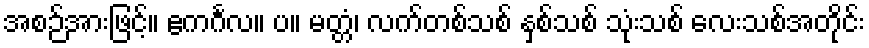
အစဉ်အားဖြင့်။ ဧကင်္ဂလ။ ပ။ မတ္တံ၊ လက်တစ်သစ် နှစ်သစ် သုံးသစ် လေးသစ်အတိုင်း